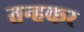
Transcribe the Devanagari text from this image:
तन्हकर